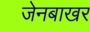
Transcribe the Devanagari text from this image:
जेनबाखर